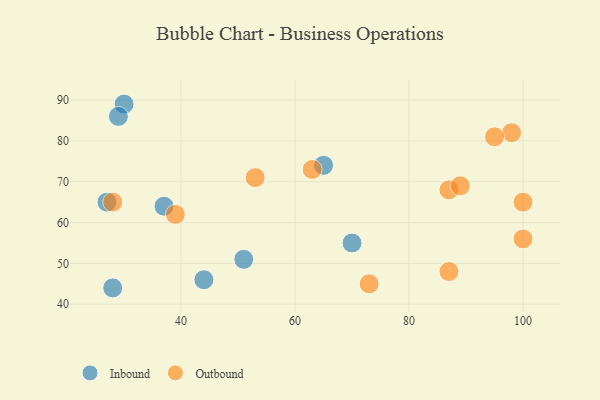
{"axis": {"x": "GDP", "y": "Life Expectancy"}, "legend": ["Inbound", "Outbound"], "data": [{"x": "70", "y": 55, "type": "Inbound"}, {"x": "44", "y": 46, "type": "Inbound"}, {"x": "37", "y": 64, "type": "Inbound"}, {"x": "30", "y": 89, "type": "Inbound"}, {"x": "28", "y": 44, "type": "Inbound"}, {"x": "51", "y": 51, "type": "Inbound"}, {"x": "27", "y": 65, "type": "Inbound"}, {"x": "65", "y": 74, "type": "Inbound"}, {"x": "29", "y": 86, "type": "Inbound"}, {"x": "28", "y": 65, "type": "Outbound"}, {"x": "100", "y": 65, "type": "Outbound"}, {"x": "53", "y": 71, "type": "Outbound"}, {"x": "87", "y": 68, "type": "Outbound"}, {"x": "63", "y": 73, "type": "Outbound"}, {"x": "98", "y": 82, "type": "Outbound"}, {"x": "39", "y": 62, "type": "Outbound"}, {"x": "89", "y": 69, "type": "Outbound"}, {"x": "100", "y": 56, "type": "Outbound"}, {"x": "73", "y": 45, "type": "Outbound"}, {"x": "95", "y": 81, "type": "Outbound"}, {"x": "87", "y": 48, "type": "Outbound"}]}